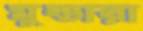
মুন্ডারা